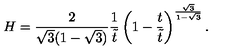
H = \frac { 2 } { \sqrt { 3 } ( 1 - \sqrt { 3 } ) } \frac { 1 } { \tilde { t } } \left( 1 - \frac { t } { \tilde { t } } \right) ^ { \frac { \sqrt { 3 } } { 1 - \sqrt { 3 } } } .